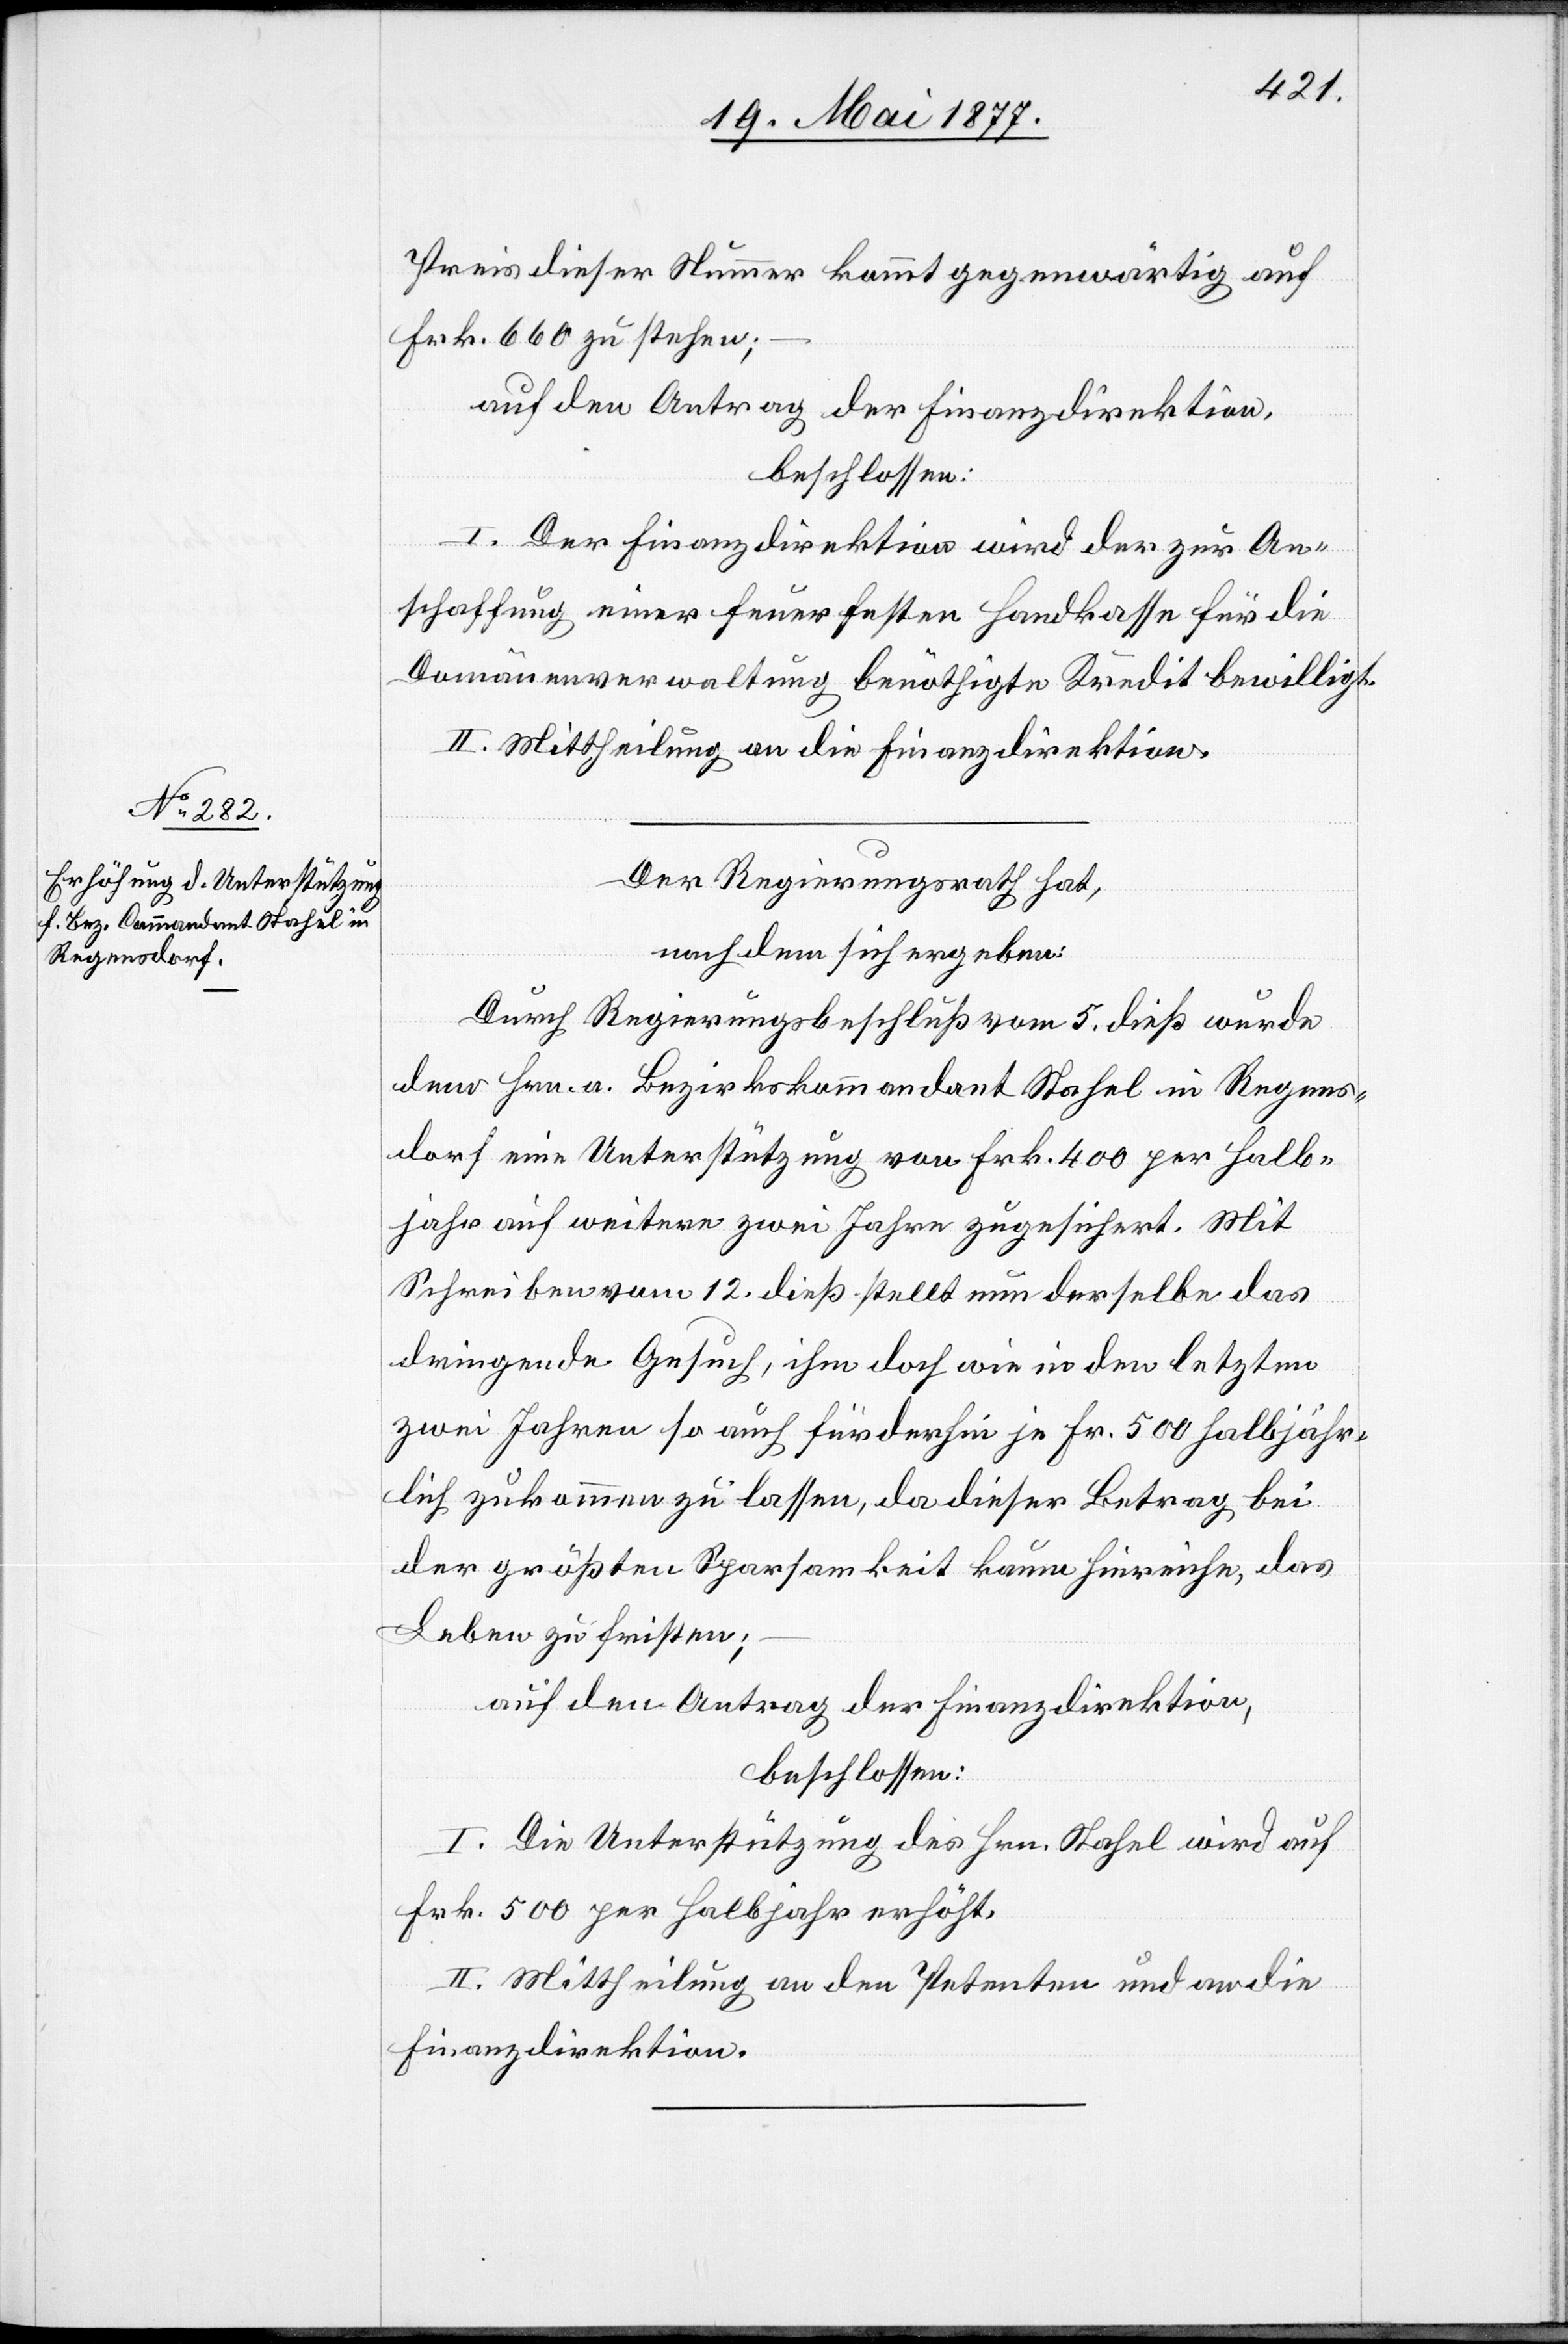
Preis dieser Nummer kommt gegenwärtig auf
Frk. 660 zu stehen;
auf den Antrag der Finanzdirektion,
beschlossen:
I. Der Finanzdirektion wird der zur An¬
schaffung einer feuerfesten Handkasse für die
Domänenverwaltung benöthigte Kredit bewilligt.
II. Mittheilung an die Finanzdirektion.
Der Regierungsrath hat,
nachdem sich ergeben:
Durch Regierungsbeschluß vom 5. dieß wurde
dem Hrn. a. Bezirkskommandant Stahel in Regens¬
dorf eine Unterstützung von Frk. 400 per Halb¬
jahr auf weitere zwei Jahre zugesichert. Mit
Schreiben vom 12. dieß stellt nun derselbe das
dringende Gesuch, ihm doch wie in den letzten
zwei Jahren so auch fürderhin je Frk. 500 halbjähr¬
lich zukommen zu lassen, da dieser Betrag bei
der größten Sparsamkeit kaum hinreiche, das
Leben zu fristen;
auf den Antrag der Finanzdirektion,
beschlossen:
I. Die Unterstützung des Hrn. Stahel wird auf
Frk. 500 per Halbjahr erhöht.
II. Mittheilung an den Petenten und an die
Finanzdirektion.